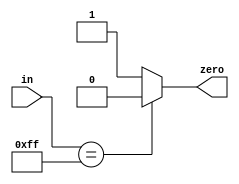
`timescale 1ns / 1ns

module ALU(zero, in);

//Input Ports
input wire [7:0] in;
//Output Ports
output reg zero; 	

//Instructions

always @(in)
begin
	if (in == 8'b11111111) begin
		zero = 0;
	end else begin
		zero = 1;
	end
end


endmodule